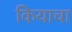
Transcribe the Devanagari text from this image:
कियाचा